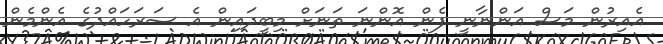
އެެއިރުން މަސް އަންނާނީ ފެން އޮންނަ ތަނަށް މިބީދައިން އެ ސަރަހައްދުގެ އެންމެން